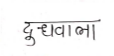
मजकूर: दूधवाला